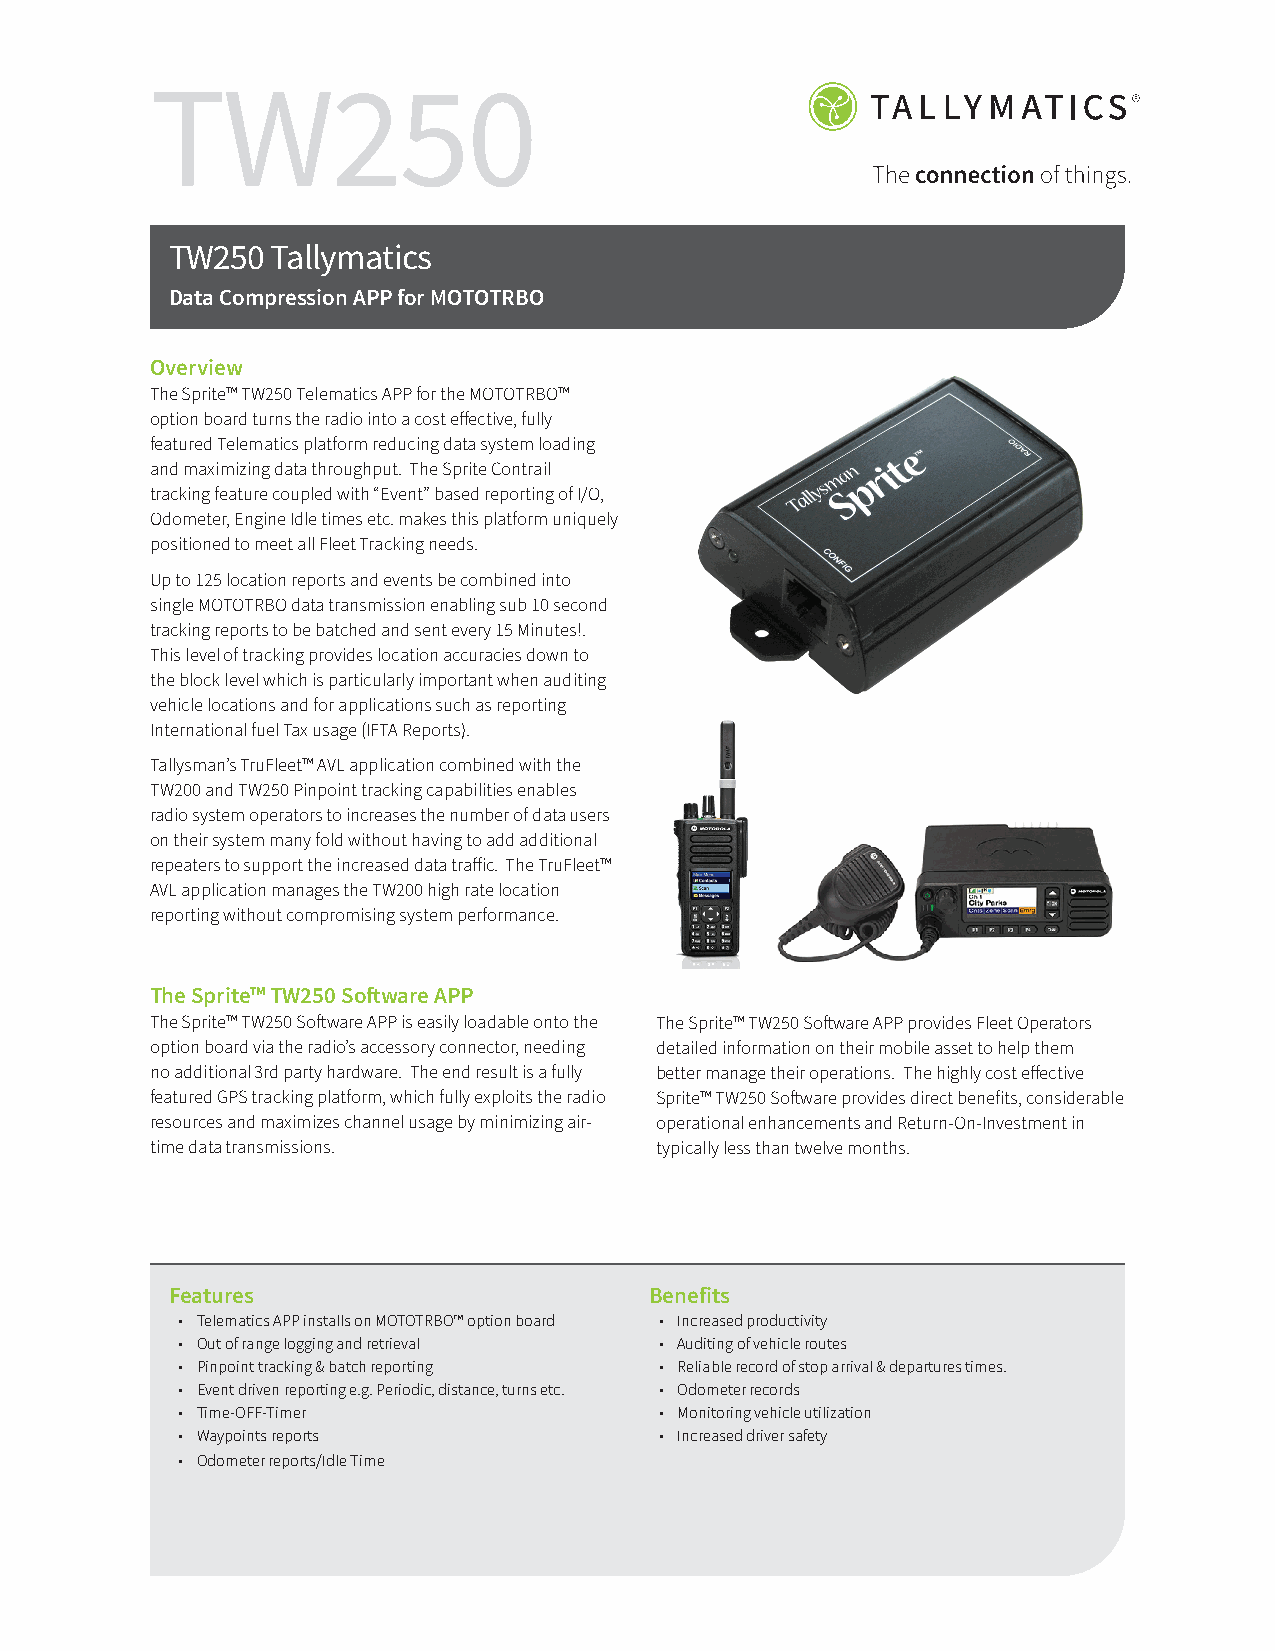
TW250
 TW250  Tallymatics
 Data Compression APP for MOTOTRBO
 Overview
 The Sprite™ TW250 Telematics APP for the MOTOTRBO™
 option board turns the radio into a cost effective, fully
 featured Telematics platform reducing data system loading
 and maximizing data throughput. The Sprite Contrail
 tracking feature coupled with “Event” based reporting of I/O,
 Odometer, Engine Idle times etc. makes this platform uniquely
 positioned to meet all Fleet Tracking needs.
 Up to 125 location reports and events be combined into
 single MOTOTRBO data transmission enabling sub 10 second
 tracking reports to be batched and sent every 15 Minutes!.
 This level of tracking provides location accuracies down to
 the block level which is particularly important when auditing
 vehicle locations and for applications such as reporting
 International fuel Tax usage (IFTA Reports).
 Tallysman’s TruFleet™ AVL application combined with the
 TW200 and TW250 Pinpoint tracking capabilities enables
 radio system operators to increases the number of data users
 on their system many fold without having to add additional
 repeaters to support the increased data traffic. The TruFleet™
 AVL application manages the TW200 high rate location
 reporting without compromising system performance.
 The Sprite™ TW250 Software APP
 The Sprite™ TW250 Software APP is easily loadable onto the The Sprite™ TW250 Software APP provides Fleet Operators
 option board via the radio’s accessory connector, needing detailed information on their mobile asset to help them
 no additional 3rd party hardware. The end result is a fully better manage their operations. The highly cost effective
 featured GPS tracking platform, which fully exploits the radio Sprite™ TW250 Software provides direct benefits, considerable
 resources and maximizes channel usage by minimizing air- operational enhancements and Return-On-Investment in
 time data transmissions.         typically less than twelve months.
 Features                        Benefits
 • Telematics APP installs on MOTOTRBO™ option board • Increased productivity
 • Out of range logging and retrieval • Auditing of vehicle routes
 • Pinpoint tracking & batch reporting • Reliable record of stop arrival & departures times.
 • Event driven reporting e.g. Periodic, distance, turns etc. • Odometer records
 • Time-OFF-Timer                • Monitoring vehicle utilization
 • Waypoints reports             • Increased driver safety
 • Odometer reports/Idle Time